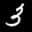
Label: 3